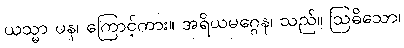
ယသ္မာ ပန၊ ကြောင့်ကား။ အရိယမဂ္ဂေန၊ သည်။ ဩဓိသော၊